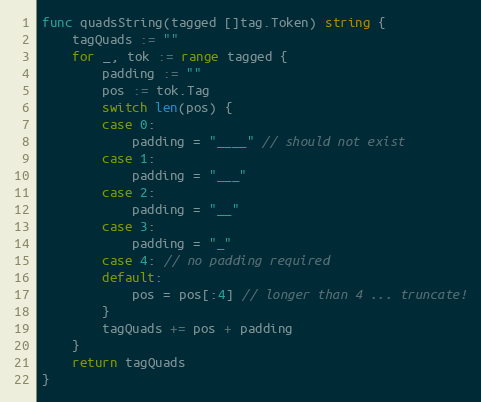
Language: Go
func quadsString(tagged []tag.Token) string {
	tagQuads := ""
	for _, tok := range tagged {
		padding := ""
		pos := tok.Tag
		switch len(pos) {
		case 0:
			padding = "____" // should not exist
		case 1:
			padding = "___"
		case 2:
			padding = "__"
		case 3:
			padding = "_"
		case 4: // no padding required
		default:
			pos = pos[:4] // longer than 4 ... truncate!
		}
		tagQuads += pos + padding
	}
	return tagQuads
}